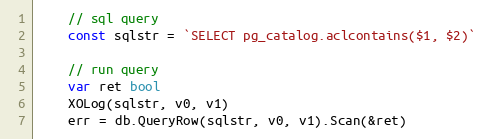
Language: Go
	// sql query
	const sqlstr = `SELECT pg_catalog.aclcontains($1, $2)`

	// run query
	var ret bool
	XOLog(sqlstr, v0, v1)
	err = db.QueryRow(sqlstr, v0, v1).Scan(&ret)